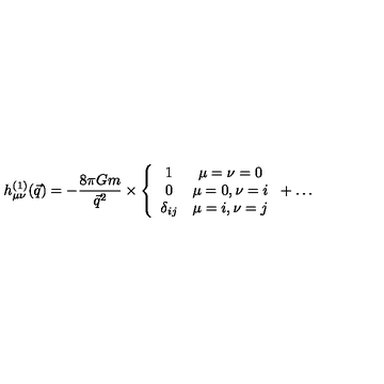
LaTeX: h _ { \mu \nu } ^ { ( 1 ) } ( \vec { q } ) = - { \frac { 8 \pi G m } { \vec { q } ^ { 2 } } } \times \left\{ \begin{array} { c c } { 1 } & { \mu = \nu = 0 } \\ { 0 } & { \mu = 0 , \nu = i } \\ { \delta _ { i j } } & { \mu = i , \nu = j } \\ \end{array} \right. + \ldots